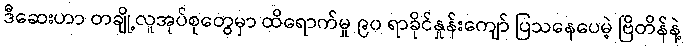
ဒီဆေးဟာ တချို့လူအုပ်စုတွေမှာ ထိရောက်မှု ၉၀ ရာခိုင်နှုန်းကျော် ပြသနေပေမဲ့ ဗြိတိန်နဲ့